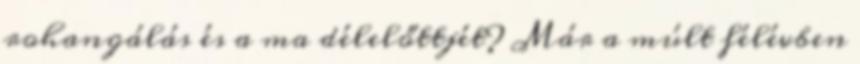
rohangálás és a ma délelőttjét? Már a múlt félévben